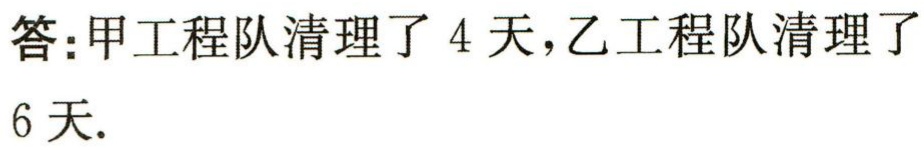
答：甲工程队清理了 \(4\) 天，乙工程队清理了 \(6\) 天.